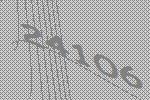
24106